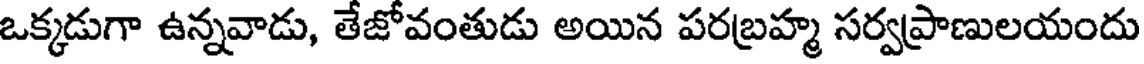
ఒక్కడుగా ఉన్నవాడు, తేజోవంతుడు అయిన పరబ్రహ్మ సర్వప్రాణులయందు